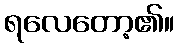
ရလေတော့၏။